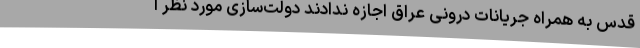
قدس به همراه جریانات درونی عراق اجازه ندادند دولت‌سازی مورد نظر ا